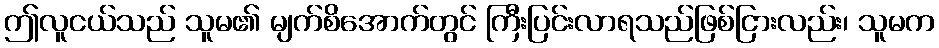
ဤလူငယ်သည် သူမ၏ မျက်စိအောက်တွင် ကြီးပြင်းလာရသည်ဖြစ်ငြားလည်း၊ သူမက